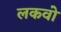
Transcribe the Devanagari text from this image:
लकवो